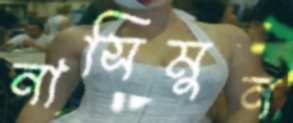
নাসিমুন